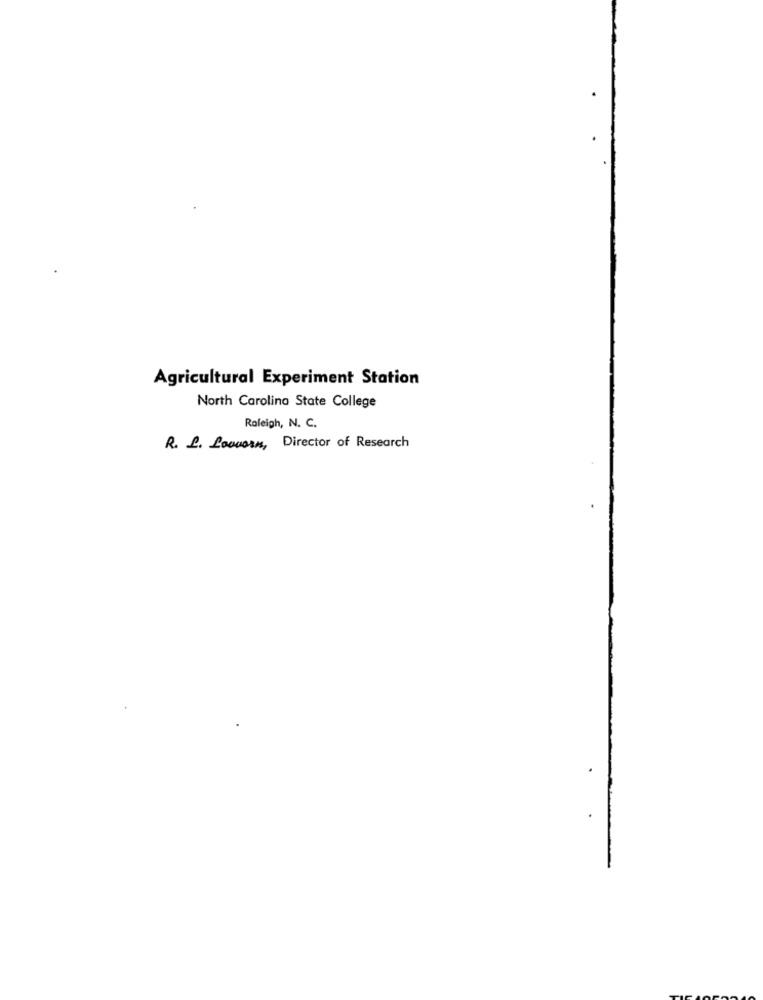
Agricultural Experiment Station
North Carolina State College
Raleigh, N. C.
R. L. Loouern, Director of Research